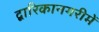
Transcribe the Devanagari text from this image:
द्वारिकानगरीमें